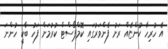
އެ ހުރިހާ ކުންޏެއް ރަށު ފެންވަރުގައި ކޮމްޕޯސްޓް ކުރުމަށް ފަހު ބާކީ ހުންނަ